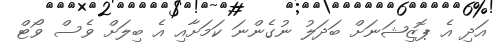
އަދި އެ ޕޮޒިޝަނަށް ބަދަލު ނުގެންނަ ކަމަށާއި އެ ބިލަށް ވެސް ވޯޓް